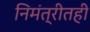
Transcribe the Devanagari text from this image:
निमंत्रीतही